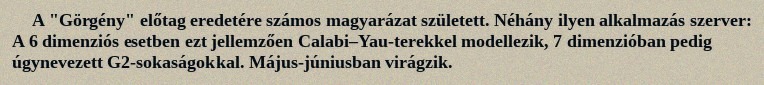
A "Görgény" előtag eredetére számos magyarázat született. Néhány ilyen alkalmazás szerver: A 6 dimenziós esetben ezt jellemzően Calabi–Yau-terekkel modellezik, 7 dimenzióban pedig úgynevezett G2-sokaságokkal. Május-júniusban virágzik.